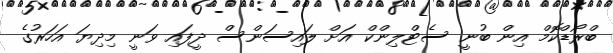
ބްރޯޑްކޮމް އިން ބުނީ ސެޓްލިންކް އަށް ލައިސަންސް ދީފައި ވަނީ މިދިޔަ އަހަރުގެ